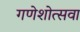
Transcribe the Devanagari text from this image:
गणेशोत्सवा